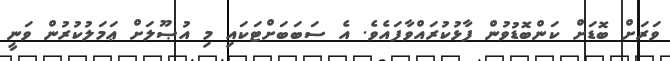
ވަރަށް ބޮޑަށް ކަންބޮޑުވުން ފާޅުކުރައްވާފައެވެ. އެ ސަބަބަށްޓަކައި މި އުޞޫލަށް ޢަމަލުކުރުން ވަނީ